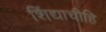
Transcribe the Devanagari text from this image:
शिंद्याचीहि